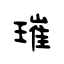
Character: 璀